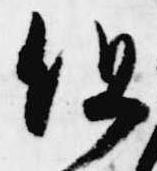
但